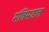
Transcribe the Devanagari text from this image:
मंत्रिमडल